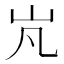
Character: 㞩